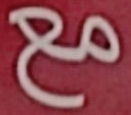
مع